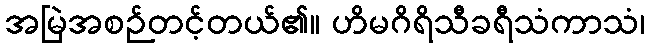
အမြဲအစဉ်တင့်တယ်၏။ ဟိမဂိရိသီခရီသံကာသံ၊